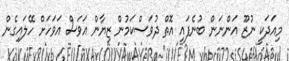
މިއަދަކީ ނުޒޫ އަންނަން ބުނެފައި އޮތް ދުވަސްކަމުން ޒިޔާން އަވަސް އަވަހަށް ހޭލައިގެން